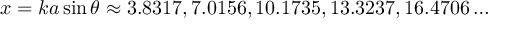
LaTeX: x = k a \sin \theta \approx 3 . 8 3 1 7 , 7 . 0 1 5 6 , 1 0 . 1 7 3 5 , 1 3 . 3 2 3 7 , 1 6 . 4 7 0 6 \dots